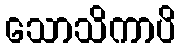
သောသိကာပိ